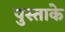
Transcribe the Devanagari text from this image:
पुस्ताके